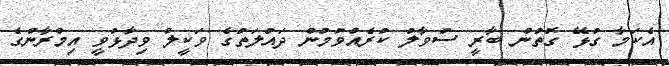
އެކަމާ ގުޅޭ ގޮތުން ބާރީ ސުވާލު ކުރެއްވުމުން ދައުލަތުގެ ވަކީލް ވިދާޅުވީ އިމްރާންގެ